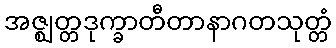
အဇ္ဈတ္တဒုက္ခာတီတာနာဂတသုတ္တံ